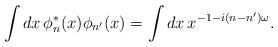
LaTeX: \begin{align*}\int dx\,\phi_{n}^{*}(x)\phi_{n'}(x) = \int dx\, x^{-1- i(n-n')\omega}.\end{align*}